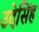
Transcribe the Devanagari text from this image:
उदेसिंह